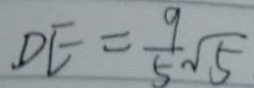
D E = \frac { 9 } { 5 } \sqrt { 5 }